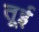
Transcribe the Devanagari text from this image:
तूई